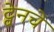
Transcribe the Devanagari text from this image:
ट्वेनचे